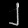
Digit: ၂